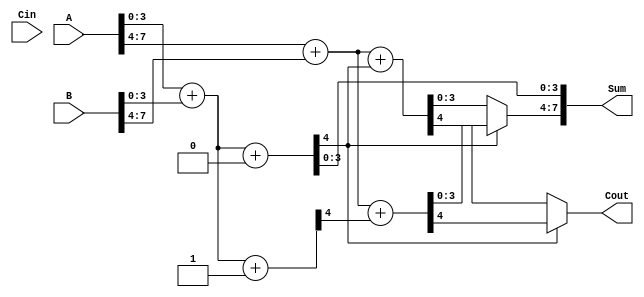
module carry_select_adder (
    input [7:0] A,       // 8-bit input A
    input [7:0] B,       // 8-bit input B
    input Cin,           // Carry input
    output [7:0] Sum,    // 8-bit Sum output
    output Cout          // Carry output
);
    // Intermediate signals
    wire [3:0] S0_0, S0_1, S1_0, S1_1; // Sums for segments 0 and 1
    wire C0_0, C0_1, C1_0, C1_1; // Carry outputs for segments 0 and 1

    // First 4-bit Adder (Segment 0)
    assign {C0_0, S0_0} = A[3:0] + B[3:0] + 0; // Assuming Cin = 0
    assign {C0_1, S0_1} = A[3:0] + B[3:0] + 1; // Assuming Cin = 1

    // Second 4-bit Adder (Segment 1)
    assign {C1_0, S1_0} = A[7:4] + B[7:4] + C0_0; // Assuming previous carry-out
    assign {C1_1, S1_1} = A[7:4] + B[7:4] + C0_1; // Assuming previous carry-out

    // MUX to select sum for segment 1 based on carry from segment 0
    assign Sum[3:0] = S0_0; // Sum for segment 0
    assign Sum[7:4] = (C0_0) ? S1_1 : S1_0; // Select sum for segment 1 based on C0_0

    // Final Carry-out
    assign Cout = (C0_0) ? C1_1 : C1_0; // Final carry-out from segment 1

endmodule